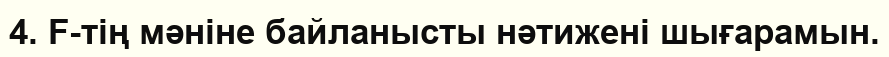
4. F-тің мәніне байланысты нәтижені шығарамын.